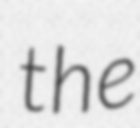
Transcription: the